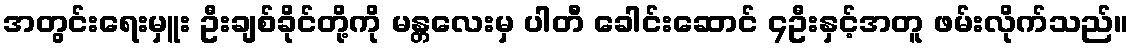
အတွင်းရေးမှူး ဦးချစ်ခိုင်တို့ကို မန္တလေးမှ ပါတီ ခေါင်းဆောင် ၄ဦးနှင့်အတူ ဖမ်းလိုက်သည်။